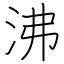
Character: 沸